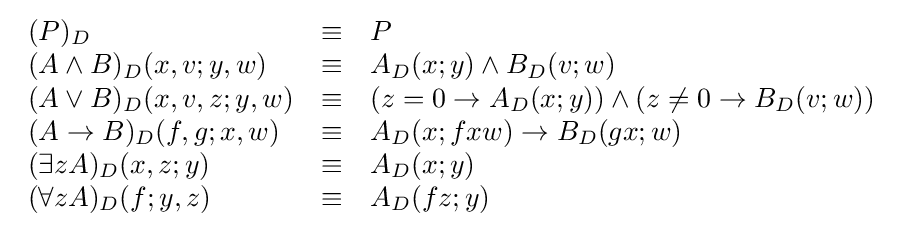
{\begin{array}{lcl}(P)_{D}&\equiv &P\\(A\wedge B)_{D}(x,v;y,w)&\equiv &A_{D}(x;y)\wedge B_{D}(v;w)\\(A\vee B)_{D}(x,v,z;y,w)&\equiv &(z=0\rightarrow A_{D}(x;y))\wedge (z\neq 0\to B_{D}(v;w))\\(A\rightarrow B)_{D}(f,g;x,w)&\equiv &A_{D}(x;fxw)\rightarrow B_{D}(gx;w)\\(\exists zA)_{D}(x,z;y)&\equiv &A_{D}(x;y)\\(\forall zA)_{D}(f;y,z)&\equiv &A_{D}(fz;y)\end{array}}